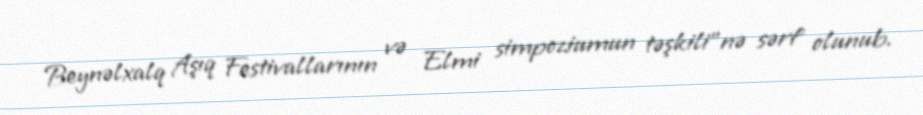
Beynəlxalq Aşıq Festivallarının və Elmi simpoziumun təşkili”nə sərf olunub.